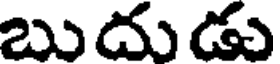
బుదుడు